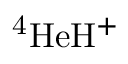
\mathrm { ^ 4 H e H ^ { + } }